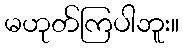
မဟုတ်ကြပါဘူး။